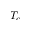
T _ { c }